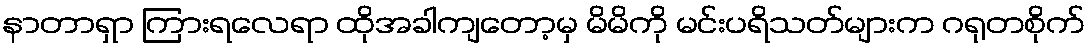
နာတာရှာ ကြားရလေရာ ထိုအခါကျတော့မှ မိမိကို မင်းပရိသတ်များက ဂရုတစိုက်